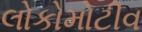
લોકોમોટીવ